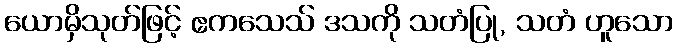
ယောမှိသုတ်ဖြင့် ဧကသေသ် ဒသကို သတံပြု, သတံ ဟူသော